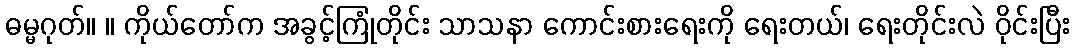
ဓမ္မဂုတ်။ ။ ကိုယ်တော်က အခွင့်ကြုံတိုင်း သာသနာ ကောင်းစားရေးကို ရေးတယ်၊ ရေးတိုင်းလဲ ဝိုင်းပြီး